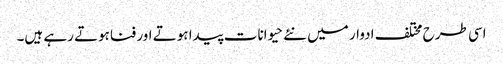
اسی طرح مختلف ادوار میں نئے حیوانات پیدا ہوتے اور فناہوتے رہے ہیں۔